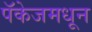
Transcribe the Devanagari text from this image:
पॅकेजमधून